Indian journal of veterinary science and animal husbandry - Volume 11,
Year: 1941
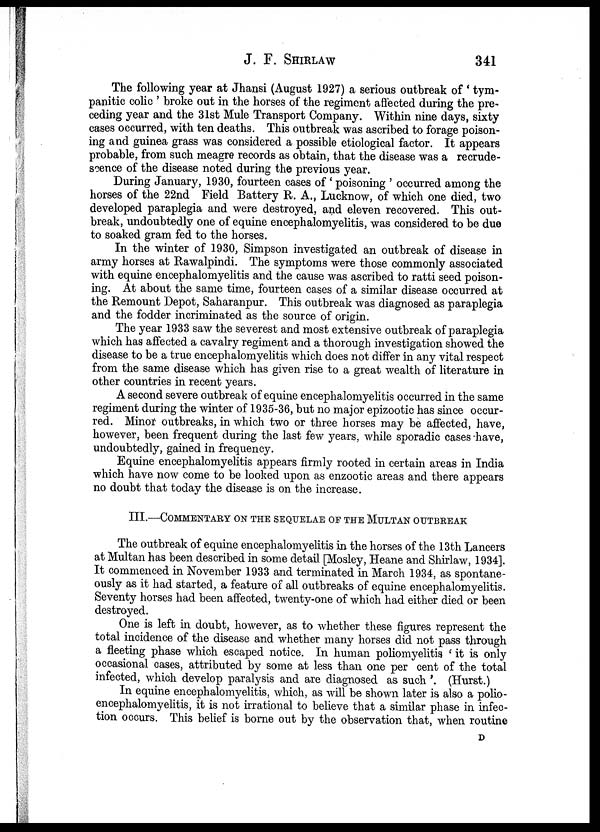
J. F.
SHIRLAW
341
The following year at Jhansi (August 1927) a serious outbreak of ' tym-
panitic colic ' broke out in the horses of the regiment affected during the pre-
ceding year and the 31st Mule Transport Company. Within nine days, sixty
cases occurred, with ten deaths. This outbreak was ascribed to forage poison-
ing and guinea grass was considered a possible etiological factor. It appears
probable, from such meagre records as obtain, that the disease was a recrude-
scence of the disease noted during the previous year.
During January, 1930, fourteen cases of ' poisoning ' occurred among the
horses of the 22nd Field Battery R. A., Lucknow, of which one died, two
developed paraplegia and were destroyed, and eleven recovered. This out-
break, undoubtedly one of equine encephalomyelitis, was considered to be due
to soaked gram fed to the horses.
In the winter of 1930, Simpson investigated an outbreak of disease in
army horses at Rawalpindi. The symptoms were those commonly associated
with equine encephalomyelitis and the cause was ascribed to ratti seed poison-
ing. At about the same time, fourteen cases of a similar disease occurred at
the Remount Depot, Saharanpur. This outbreak was diagnosed as paraplegia
and the fodder incriminated as the source of origin.
The year 1933 saw the severest and most extensive outbreak of paraplegia
which has affected a cavalry regiment and a thorough investigation showed the
disease to be a true encephalomyelitis which does not differ in any vital respect
from the same disease which has given rise to a great wealth of literature in
other countries in recent years.
A second severe outbreak of equine encephalomyelitis occurred in the same
regiment during the winter of 1935-36, but no major epizootic has since occur-
red. Minor outbreaks, in which two or three horses may be affected, have,
however, been frequent during the last few years, while sporadic cases have,
undoubtedly, gained in frequency.
Equine encephalomyelitis appears firmly rooted in certain areas in India
which have now come to be looked upon as enzootic areas and there appears
no doubt that today the disease is on the increase.
III.—COMMENTARY ON THE SEQUELAE OF THE MULTAN OUTBREAK
The outbreak of equine encephalomyelitis in the horses of the 13th Lancers
at Multan has been described in some detail [Mosley, Heane and Shirlaw, 1934].
It commenced in November 1933 and terminated in March 1934, as spontane-
ously as it had started, a feature of all outbreaks of equine encephalomyelitis.
Seventy horses had been affected, twenty-one of which had either died or been
destroyed.
One is left in doubt, however, as to whether these figures represent the
total incidence of the disease and whether many horses did not pass through
a fleeting phase which escaped notice. In human poliomyelitis ' it is only
occasional cases, attributed by some at less than one per cent of the total
infected, which develop paralysis and are diagnosed as such '. (Hurst.)
In equine encephalomyelitis, which, as will be shown later is also a polio¬
encephalomyelitis, it is not irrational to believe that a similar phase in infec-
tion occurs. This belief is borne out by the observation that, when routine
D